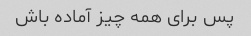
پس برای همه چیز آماده باش